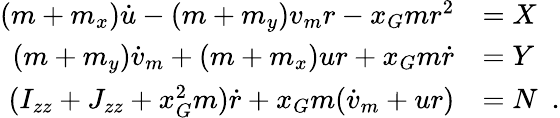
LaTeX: \begin{array}{rl}{(m+m_{x})\dot{u}-(m+m_{y})v_{m}r-x_{G}mr^{2}}&{=X}\\ {(m+m_{y})\dot{v}_{m}+(m+m_{x})ur+x_{G}m\dot{r}}&{=Y}\\ {(I_{zz}+J_{zz}+x_{G}^{2}m)\dot{r}+x_{G}m(\dot{v}_{m}+ur)}&{=N\enspace.}\end{array}